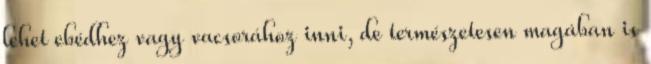
lehet ebédhez vagy vacsorához inni, de természetesen magában is